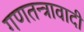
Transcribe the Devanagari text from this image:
गणतन्त्रावादी